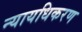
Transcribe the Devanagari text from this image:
न्‍यायधिकरण